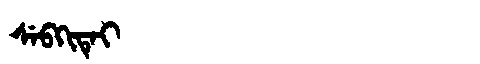
Manchu: ᠰᡝᠪᡴᡳᡨᡝᡳ
Romanization: SEBKITEI